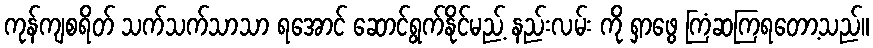
ကုန်ကျစရိတ် သက်သက်သာသာ ရအောင် ဆောင်ရွက်နိုင်မည့် နည်းလမ်း ကို ရှာဖွေ ကြံဆကြရတော့သည်။